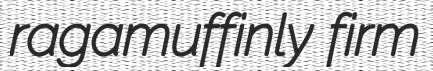
ragamuffinly firm